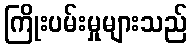
ကြိုးပမ်းမှုများသည်